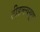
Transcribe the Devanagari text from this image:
टीडब्ल्ययूए